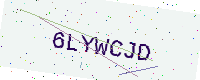
Text: 6LYWCJD